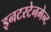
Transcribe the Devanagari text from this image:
इनटरटेनमेन्ट